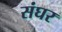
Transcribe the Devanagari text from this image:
संघर